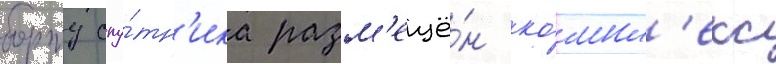
борту спу́тн'ика разм'ещё́н ко́мпл'екс